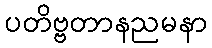
ပတိဗ္ဗတာနညမနာ